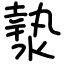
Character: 漐